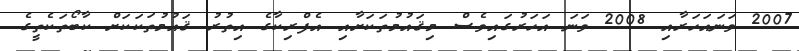
2007 ވަނައަހަރާއި 2008 ވަނަ އަހަރުގައިވެސް މިޤައުމުތަކަށާއި އެފްރިކާގެ އިތުރު ޤައުމުތަކަކަށް ކާބޯތަކެތީގެ